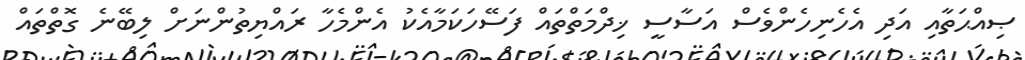
ޞިއްޙަތާއި އަދި އެހެނިހެންވެސް އަސާސީ ޚިދްމަތްތައް ފަސޭހަކަމާއެކު އެންމެހާ ރައްޔިތުންނަށް ލިބޭނެ ގޮތްތައް